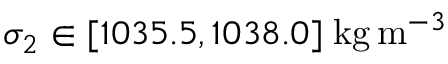
\sigma _ { 2 } \in [ 1 0 3 5 . 5 , 1 0 3 8 . 0 ] \; \mathrm { k g } \, \mathrm { m } ^ { - 3 }